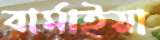
বার্মাইয়া